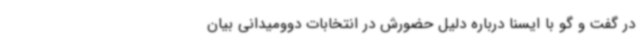
در گفت و گو با ایسنا درباره دلیل حضورش در انتخابات دوومیدانی بیان